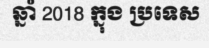
ឆ្នាំ 2018 ក្នុង ប្រទេស